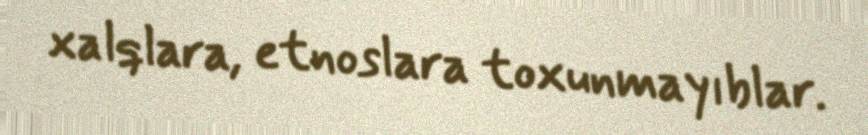
xalqlara, etnoslara toxunmayıblar.